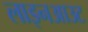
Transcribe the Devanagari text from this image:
लाइनआउट